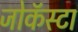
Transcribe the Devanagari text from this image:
जोकॅस्टा